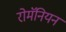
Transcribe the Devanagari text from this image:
रोमॅनियन